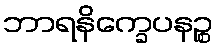
ဘာရနိက္ခေပနဉ္စ